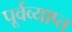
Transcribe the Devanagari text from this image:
पूर्वव्याप्त